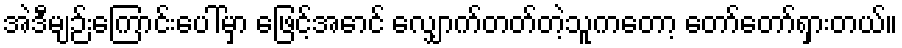
အဲဒီမျဉ်းကြောင်းပေါ်မှာ ဖြေင့်အောင် လျှောက်တတ်တဲ့သူကတော့ တော်တော်ရှားတယ်။